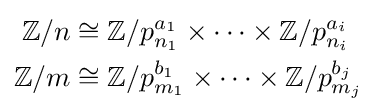
{\begin{aligned}\mathbb {Z} /n&\cong \mathbb {Z} /p_{n_{1}}^{a_{1}}\times \cdots \times \mathbb {Z} /p_{n_{i}}^{a_{i}}\\\mathbb {Z} /m&\cong \mathbb {Z} /p_{m_{1}}^{b_{1}}\times \cdots \times \mathbb {Z} /p_{m_{j}}^{b_{j}}\end{aligned}}